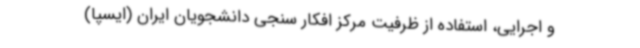
و اجرایی، استفاده از ظرفیت مرکز افکار سنجی دانشجویان ایران (ایسپا)